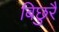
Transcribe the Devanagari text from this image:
बिछुरै